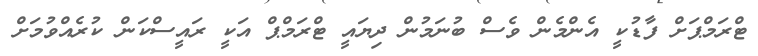
ޓްރަމްޕަށް ފާޑުކީ އެންމެން ވެސް ބުނަމުން ދިޔައީ ޓްރަމްޕް އަކީ ރައީސްކަން ކުރެއްވުމަށް